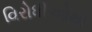
વિરોધીઓથી